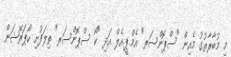
މި މުބާރާތުގު މެއިން "ސްޕޮންސަރ" އެމް.ޕީ.އެލް އަދި "ކޯ ސްޕޮންސަރ" ތިލަފުށި ކޯޕަރޭޝަން